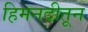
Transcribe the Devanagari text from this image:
हिमनदीतून